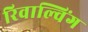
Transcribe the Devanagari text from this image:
रिवाल्विंग